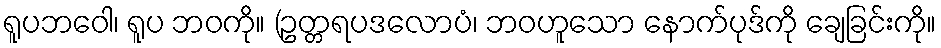
ရူပဘဝေါ၊ ရူပ ဘဝကို။ (ဥတ္တရပဒလောပံ၊ ဘဝဟူသော နောက်ပုဒ်ကို ချေခြင်းကို။